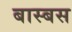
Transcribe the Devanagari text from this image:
बास्बस